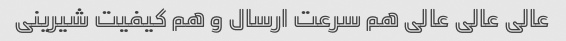
عالی عالی عالی هم سرعت ارسال و هم کیفیت شیرینی